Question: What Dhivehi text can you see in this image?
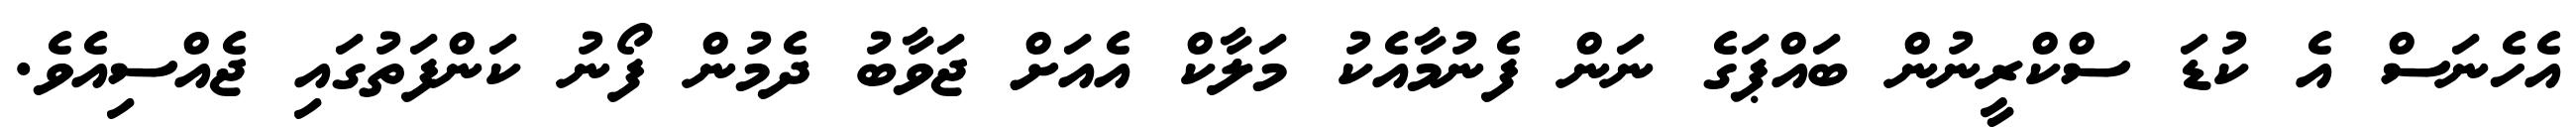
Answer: އެހެނަސް އެ ކުޑަ ސްކްރީނުން ބައްޕަގެ ނަން ފެނުމާއެކު މަލާކް އެއަށް ޖަވާބު ދެމުން ފޯނު ކަންފަތުގައި ޖެއްސިއެވެ.